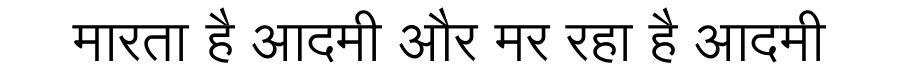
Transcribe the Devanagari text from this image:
मारता है आदमी और मर रहा है आदमी